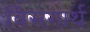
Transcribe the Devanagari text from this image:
विसगार्थ